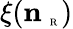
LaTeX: \xi(\mathbf{n}_{\mathrm{~\tiny~R~}})